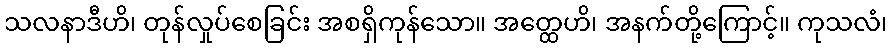
သလနာဒီဟိ၊ တုန်လှုပ်စေခြင်း အစရှိကုန်သော။ အတ္ထေဟိ၊ အနက်တို့ကြောင့်။ ကုသလံ၊